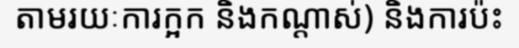
តាមរយៈការក្អក និងកណ្តាស់) និងការប៉ះ